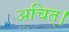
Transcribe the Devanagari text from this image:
अचित्‌।